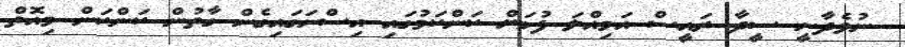
ނުވެދާނީ ސީދާ ރައީސް އަމިއްލަ ފުޅަށް ކަންކަމުގައި އިސްނަގައިގެން ގާތުން ކަންކަން މިއޮތް